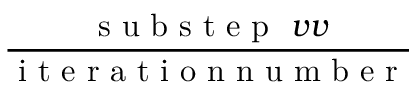
\frac { \mathrm { ~ s ~ u ~ b ~ s ~ t ~ e ~ p ~ } \ v v } { \mathrm { ~ i ~ t ~ e ~ r ~ a ~ t ~ i ~ o ~ n ~ n ~ u ~ m ~ b ~ e ~ r ~ } }